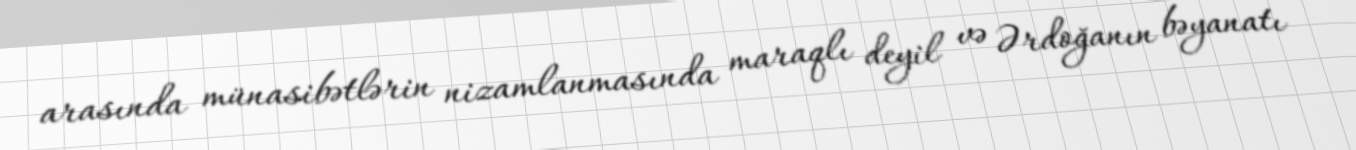
arasında münasibətlərin nizamlanmasında maraqlı deyil və Ərdoğanın bəyanatı